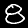
Digit: 8